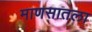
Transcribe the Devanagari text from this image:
माणसातला